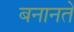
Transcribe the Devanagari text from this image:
बनानते